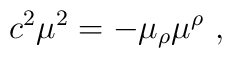
c^2\mu^2=-\mu_\rho\mu^\rho \ ,